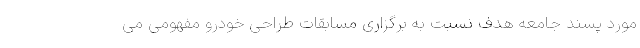
مورد پسند جامعه هدف نسبت به برگزاری مسابقات طراحی خودرو مفهومی می